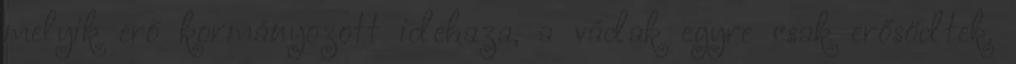
melyik erő kormányozott idehaza, a vádak egyre csak erősödtek.